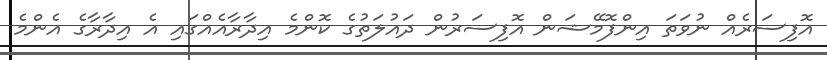
އޮފިސަރެއް ނުވަތަ އިންފޮމޭޝަން އޮފިސަރުން ދައުލަތުގެ ކޮންމެ އިދާރާއެއްގައި އެ އިދާރާގެ އެންމެ